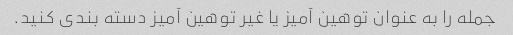
جمله را به عنوان توهین آمیز یا غیر توهین آمیز دسته بندی کنید.